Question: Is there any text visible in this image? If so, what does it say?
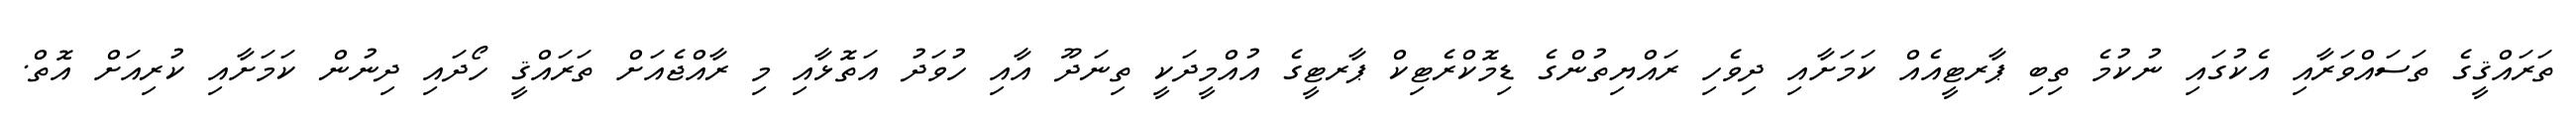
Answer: ތަރައްޤީގެ ތަސައްވަރާއި އެކުގައި ނުކުމެ ތިބި ޕާރޓީއެއް ކަމަށާއި ދިވެހި ރައްޔިތުންގެ ޑިމޮކްރެޓިކް ޕާރޓީގެ އުއްމީދަކީ ތިނަދޫ އާއި ހުވަދު އަތޮޅާއި މި ރާއްޖެއަށް ތަރައްޤީ ހޯދައި ދިނުން ކަމަށާއި ކުރިއަށް އޮތް.